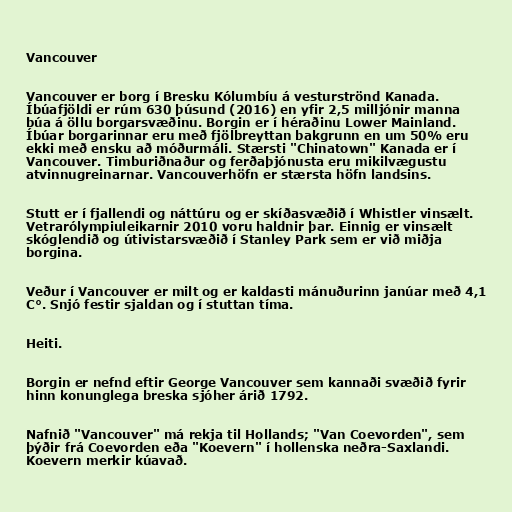
Vancouver

Vancouver er borg í Bresku Kólumbíu á vesturströnd Kanada.
Íbúafjöldi er rúm 630 þúsund (2016) en yfir 2,5 milljónir manna
búa á öllu borgarsvæðinu. Borgin er í héraðinu Lower Mainland.
Íbúar borgarinnar eru með fjölbreyttan bakgrunn en um 50% eru
ekki með ensku að móðurmáli. Stærsti "Chinatown" Kanada er í
Vancouver. Timburiðnaður og ferðaþjónusta eru mikilvægustu
atvinnugreinarnar. Vancouverhöfn er stærsta höfn landsins.

Stutt er í fjallendi og náttúru og er skíðasvæðið í Whistler vinsælt.
Vetrarólympiuleikarnir 2010 voru haldnir þar. Einnig er vinsælt
skóglendið og útivistarsvæðið í Stanley Park sem er við miðja
borgina.

Veður í Vancouver er milt og er kaldasti mánuðurinn janúar með 4,1
C°. Snjó festir sjaldan og í stuttan tíma.

Heiti.

Borgin er nefnd eftir George Vancouver sem kannaði svæðið fyrir
hinn konunglega breska sjóher árið 1792.

Nafnið "Vancouver" má rekja til Hollands; "Van Coevorden", sem
þýðir frá Coevorden eða "Koevern" í hollenska neðra-Saxlandi.
Koevern merkir kúavað.